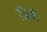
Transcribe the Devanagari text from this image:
जियँ